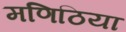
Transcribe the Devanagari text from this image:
मणिठिया